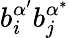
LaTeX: b_{i}^{\alpha^{\prime}}b_{j}^{\alpha^{*}}